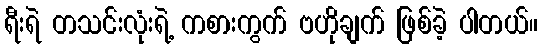
ရီးရဲ တသင်းလုံးရဲ့ ကစားကွက် ဗဟိုချက် ဖြစ်ခဲ့ ပါတယ်။